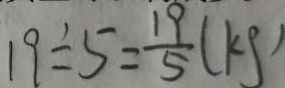
1 9 \div 5 = \frac { 1 9 } { 5 } ( k g )